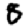
Digit: 8